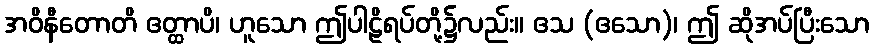
အဝိနီတောတိ ဧတ္ထာပိ၊ ဟူသော ဤပါဠိရပ်တို့၌လည်း။ ဧသ (ဧသော)၊ ဤ ဆိုအပ်ပြီးသော